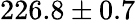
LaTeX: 226.8\pm 0.7